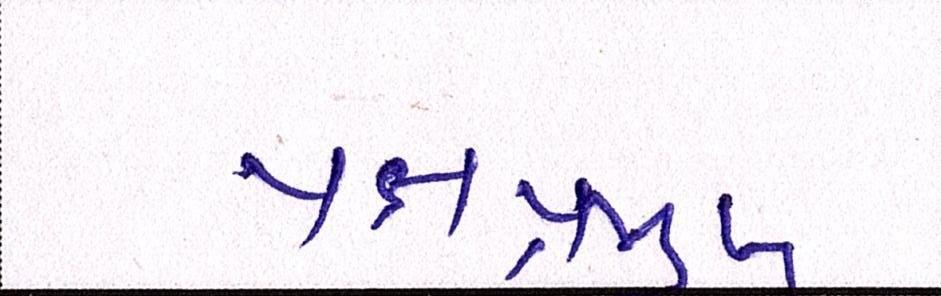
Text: પક્ષપ્રમુખ